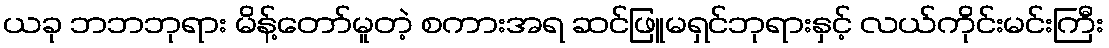
ယခု ဘဘဘုရား မိန့်တော်မူတဲ့ စကားအရ ဆင်ဖြူမရှင်ဘုရားနှင့် လယ်ကိုင်းမင်းကြီး